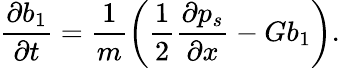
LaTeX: \frac{\partial b_{1}}{\partial t}=\frac{1}{m}\bigg(\frac{1}{2}\frac{\partial p_{s}}{\partial x}-Gb_{1}\bigg).